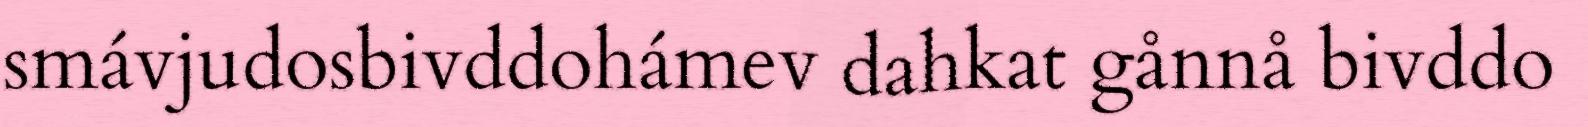
smávjudosbivddohámev dahkat gånnå bivddo